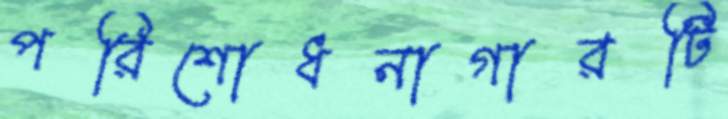
পরিশোধনাগারটি